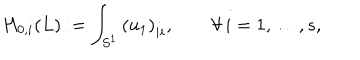
H _ { 0 , i } ( L ) : = \int _ { S ^ { 1 } } \left( u _ { 1 } \right) _ { i i } , \qquad \forall \, i = 1 , \ldots , s ,